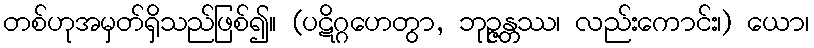
တစ်ဟုအမှတ်ရှိသည်ဖြစ်၍။ (ပဋိဂ္ဂဟေတွာ, ဘုဉ္ဇန္တဿ၊ လည်းကောင်း၊) ယော၊